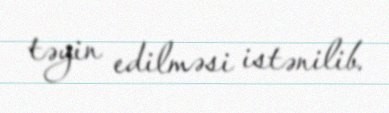
təyin edilməsi istənilib.